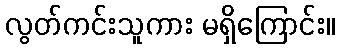
လွတ်ကင်းသူကား မရှိကြောင်း။